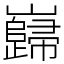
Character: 巋